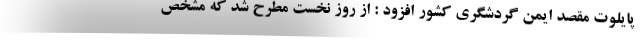
پایلوت مقصد ایمن گردشگری کشور افزود : از روز نخست مطرح شد که مشخص